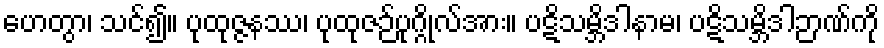
ဟေတွာ၊ သင်၍။ ပုထုဇ္ဇနဿ၊ ပုထုဇဉ်ပုဂ္ဂိုလ်အား။ ပဋိသမ္ဘိဒါနာမ၊ ပဋိသမ္ဘိဒါဉာဏ်ကို